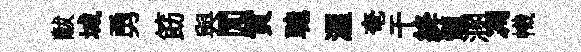
黻城勇筯與閒貲聴渥奄干絳髓溷凋幟